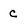
Character: c